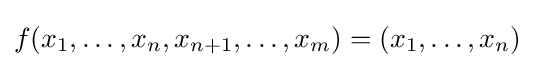
f(x_{1},\ldots ,x_{n},x_{n+1},\ldots ,x_{m})=(x_{1},\ldots ,x_{n})